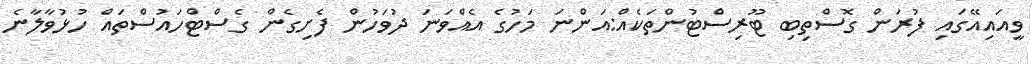
ވީއައިއޭގައި ފުރަން ގޮސްތިބި ޓޫރިސްޓުންތަކެއް:އަންނަ މަހުގެ އެއްވަނަ ދުވަހުން ފެށިގެން ގެސްޓްހައުސްތައް ހުޅުވާލާނެ